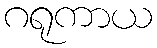
ဂရုကာယ